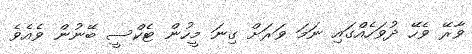
ވާރޭ ވެހޭ ދުވަހެއްގައި ނަމަ ވަރަށް ގިނަ މީހުން ޓެކްސީ ބޭނުން ވެއެވެ